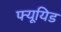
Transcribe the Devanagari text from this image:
फ्यूयिड